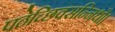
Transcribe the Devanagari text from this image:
पठेच्छिवसन्निधौ।